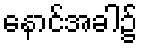
နောင်အခါ၌